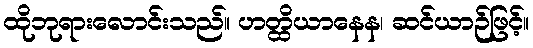
ထိုဘုရားလောင်းသည်။ ဟတ္ထိယာနေန၊ ဆင်ယာဉ်ဖြင့်။